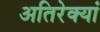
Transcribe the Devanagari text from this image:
अतिरेक्यां